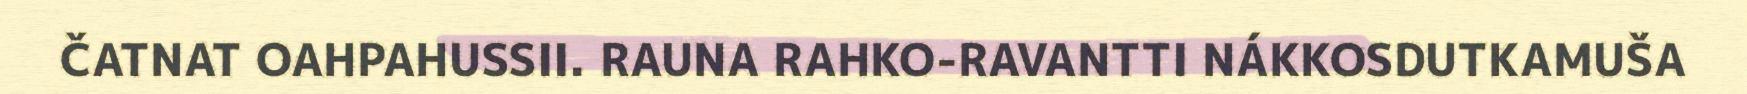
ČATNAT OAHPAHUSSII. RAUNA RAHKO-RAVANTTI NÁKKOSDUTKAMUŠA